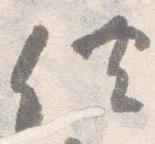
供